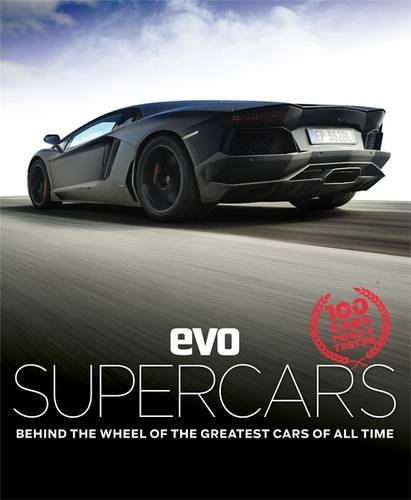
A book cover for evo: Supercars: Behind the wheel of the greatest cars of all time; evo; Engineering & Transportation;